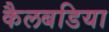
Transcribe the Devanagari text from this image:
कैलबडिया